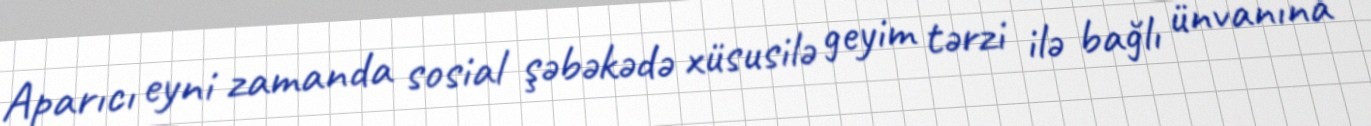
Aparıcı eyni zamanda sosial şəbəkədə xüsusilə geyim tərzi ilə bağlı ünvanına